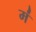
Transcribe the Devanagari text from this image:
मं॑